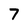
Character: 7